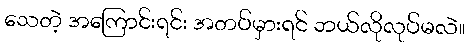
သေတဲ့ အကြောင်းရင်း အတပ်မှားရင် ဘယ်လိုလုပ်မလဲ။